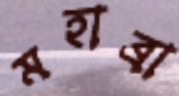
মহাব্রা